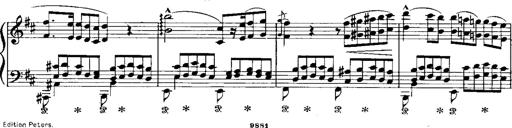
Title: RÃ©miniscences de Norma de Bellini
Composer: Franz Liszt